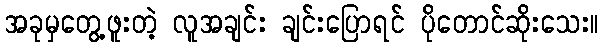
အခုမှတွေ့ဖူးတဲ့ လူအချင်း ချင်းပြောရင် ပိုတောင်ဆိုးသေး။